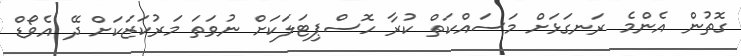
ގޮތުން އެންމެ ރަނގަޅަށް މަސައްކަތް ކުރާ ހޮސްޕިޓަލަކަށް ނުވަތަ މަރުކަޒަކަށް ދޭ އެވޯޑް